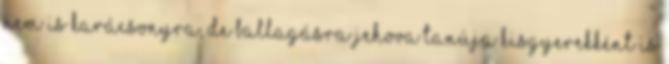
nem is karácsonyra, de ballagásra Jehova Tanúja kisgyerekként is